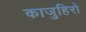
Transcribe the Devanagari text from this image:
काजुहिरो